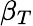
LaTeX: \beta_{T}